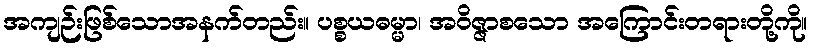
အကျဉ်းဖြစ်သောအနက်တည်း။ ပစ္စယဓမ္မာ၊ အဝိဇ္ဇာစသော အကြောင်းတရားတို့ကို။